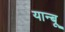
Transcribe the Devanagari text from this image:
यान्बू